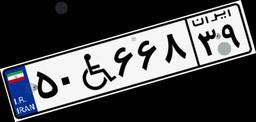
۵۰W۶۶۸۳۹